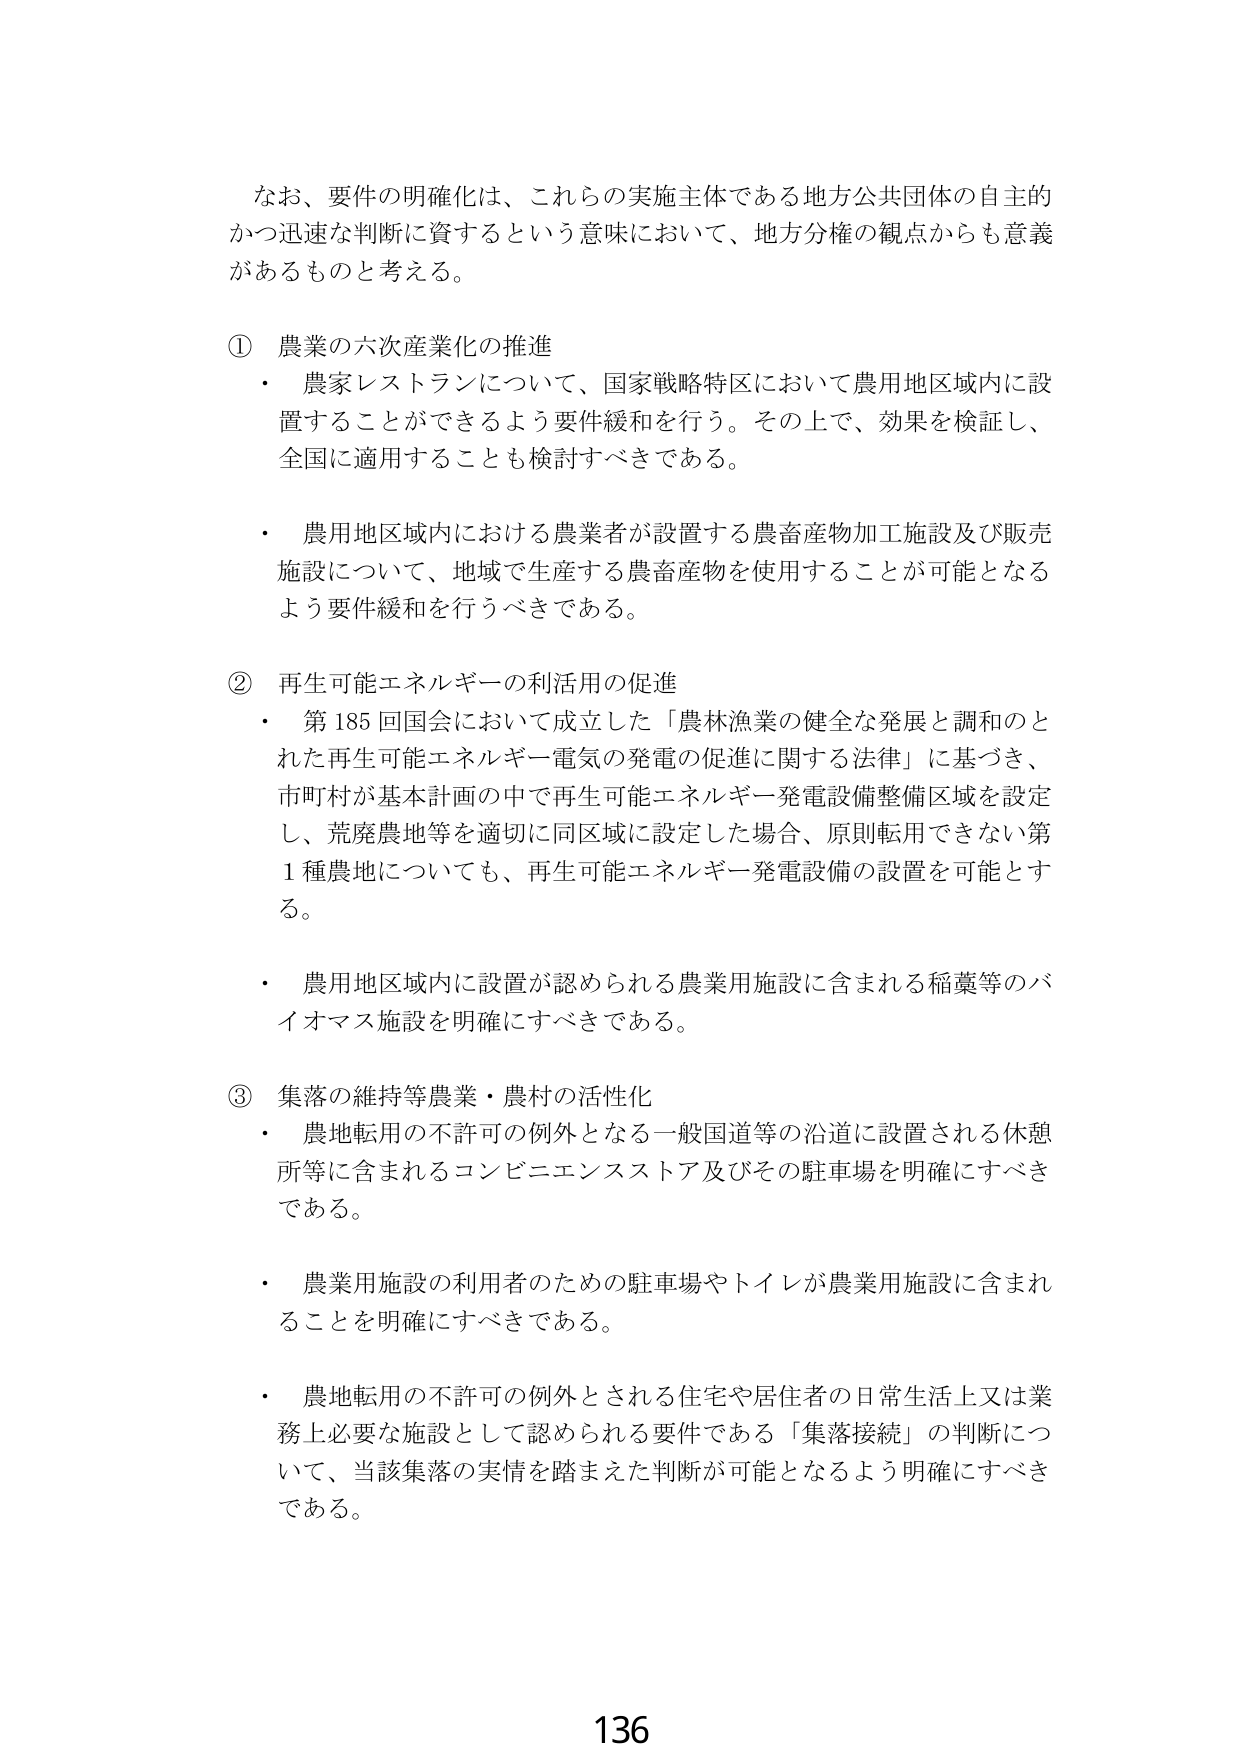
なお、要件の明確化は、これらの実施主体である地方公共団体の自主的かつ迅速な判断に資するという意味において、地方分権の観点からも意義があるものと考える。

① 農業の六次産業化の推進
・ 農家レストランについて、国家戦略特区において農用地区域内に設置することができるよう要件緩和を行う。その上で、効果を検証し、全国に適用することも検討すべきである。
・ 農用地区域内における農業者が設置する農畜産物加工施設及び販売施設について、地域で生産する農畜産物を使用することが可能となるよう要件緩和を行うべきである。

② 再生可能エネルギーの利活用の促進
・ 第185回国会において成立した「農林漁業の健全な発展と調和のとれた再生可能エネルギー電気の発電の促進に関する法律」に基づき、市町村が基本計画の中で再生可能エネルギー発電設備整備区域を設定し、荒廃農地等を適切に同区域に設定した場合、原則転用できない第1種農地についても、再生可能エネルギー発電設備の設置を可能とする。
・ 農用地区域内に設置が認められる農業用施設に含まれる稲藁等のバイオマス施設を明確にすべきである。

③ 集落の維持等農業・農村の活性化
・ 農地転用の不許可の例外となる一般国道等の沿道に設置される休憩所等に含まれるコンビニエンスストア及びその駐車場を明確にすべきである。
・ 農業用施設の利用者のための駐車場やトイレが農業用施設に含まれることを明確にすべきである。
・ 農地転用の不許可の例外とされる住宅や居住者の日常生活上又は業務上必要な施設として認められる要件である「集落接続」の判断について、当該集落の実情を踏まえた判断が可能となるよう明確にすべきである。

136